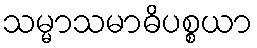
သမ္မာသမာဓိပစ္စယာ